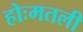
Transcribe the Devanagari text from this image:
होःमतली